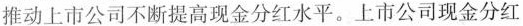
推动上市公司不断提高现金分红水平。上市公司现金分红